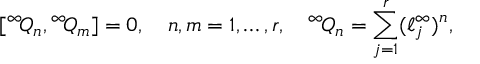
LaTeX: [ { } ^ { \infty } \! Q _ { n } , { } ^ { \infty } \! Q _ { m } ] = 0 , \quad n , m = 1 , \ldots , r , \quad { } ^ { \infty } \! Q _ { n } = \sum _ { j = 1 } ^ { r } ( \ell _ { j } ^ { \infty } ) ^ { n } ,